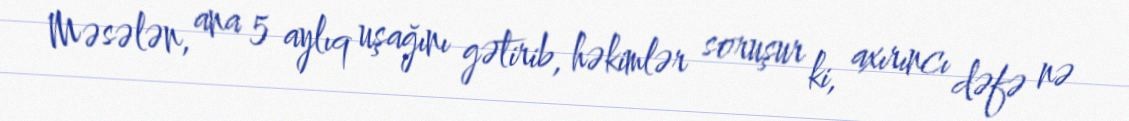
Məsələn, ana 5 aylıq uşağını gətirib, həkimlər soruşur ki, axırıncı dəfə nə